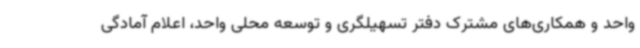
واحد و همکاری‌های مشترک دفتر تسهیلگری و توسعه محلی واحد، اعلام آمادگی